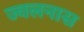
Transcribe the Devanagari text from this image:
ज्वलनास